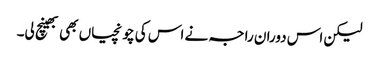
لیکن اس دوران راجہ نے اس کی چونچیاں بھی بھینچ لی۔